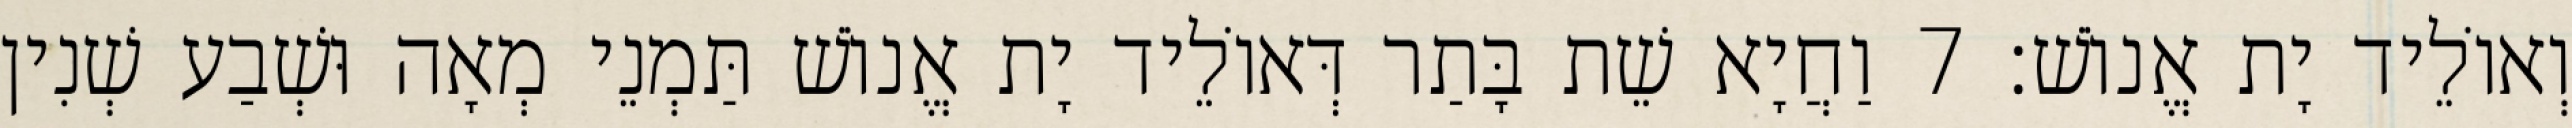
וְאוֹלֵיד יָת אֱנוֹשׁ׃ 7 וַחֲיָא שֵׁת בָּתַר דְּאוֹלֵיד יָת אֱנוֹשׁ תַּמְנֵי מְאָה וּשְׁבַע שְׁנִין